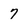
Character: 7